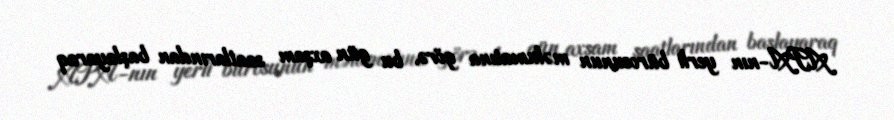
APA-nın yerli bürosunun məlumatına görə, bu gün axşam saatlarından başlayaraq